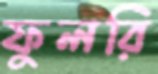
ফুলরি